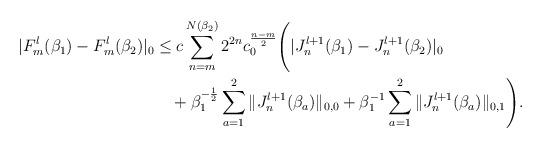
LaTeX: \begin{align*}|F_m^l(\beta_1)-F_m^l(\beta_2)|_0&\le c\sum_{n=m}^{N(\beta_2)}2^{2n}c_0^{\frac{n-m}{2}}\Bigg(|J_n^{l+1}(\beta_1)-J_n^{l+1}(\beta_2)|_0\\&\quad+\beta_1^{-\frac{1}{2}}\sum_{a=1}^2\|J_n^{l+1}(\beta_a)\|_{0,0}+\beta_1^{-1}\sum_{a=1}^2\|J_n^{l+1}(\beta_a)\|_{0,1}\Bigg).\end{align*}